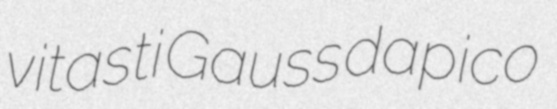
vitasti Gauss dapico